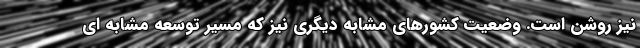
نيز روشن است. وضعيت كشورهاي مشابه ديگري نيز كه مسير توسعه مشابه اي